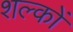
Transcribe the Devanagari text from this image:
शल्‍कों